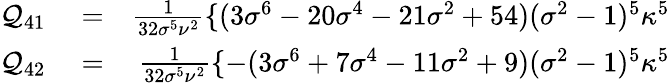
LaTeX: \begin{array}{rlr}{\mathcal{Q}_{41}}&{{}=}&{\frac{1}{32\sigma^{5}\nu^{2}}\{ (3\sigma^{6}-20\sigma^{4}-21\sigma^{2}+54)(\sigma^{2}-1)^{5}\kappa^{5}}\\ {\mathcal{Q}_{42}}&{{}=}&{\frac{1}{32\sigma^{5}\nu^{2}}\{ -(3\sigma^{6}+7\sigma^{4}-11\sigma^{2}+9)(\sigma^{2}-1)^{5}\kappa^{5}}\end{array}